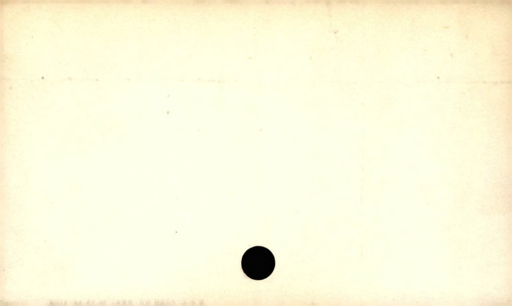
Label: blank